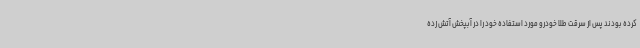
کرده بودند پس از سرقت طلا خودرو مورد استفاده خود را در آبپخش آتش زده